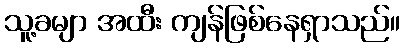
သူ့ခမျာ အထီး ကျန်ဖြစ်နေရှာသည်။